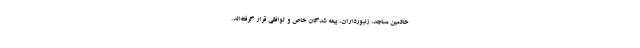
خادمین مساجد، زنبورداران، بیمه شدگان خاص و توافقی قرار گرفته‌اند.